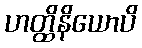
ဟတ္ထိနိယောပိ